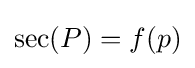
\operatorname {sec} (P)=f(p)